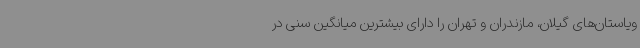
ویاستان‌های گیلان، مازندران و تهران را دارای بیشترین میانگین سنی در